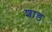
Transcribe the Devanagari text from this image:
शाड